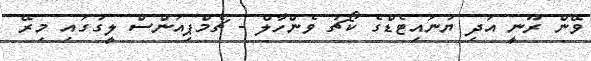
ވޭން ރޫނީ އަދި ޔުނައިޓެޑްގެ ކޯޗު ވެންހާލް - ޗެމްޕިއަންސް ލީގުގައި މިރޭ